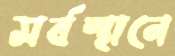
সর্বস্থানে